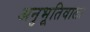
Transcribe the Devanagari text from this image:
अनुभूतिवाला